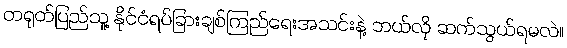
တရုတ်ပြည်သူ့ နိုင်ငံရပ်ခြားချစ်ကြည်ရေးအသင်းနဲ့ ဘယ်လို ဆက်သွယ်ရမလဲ။